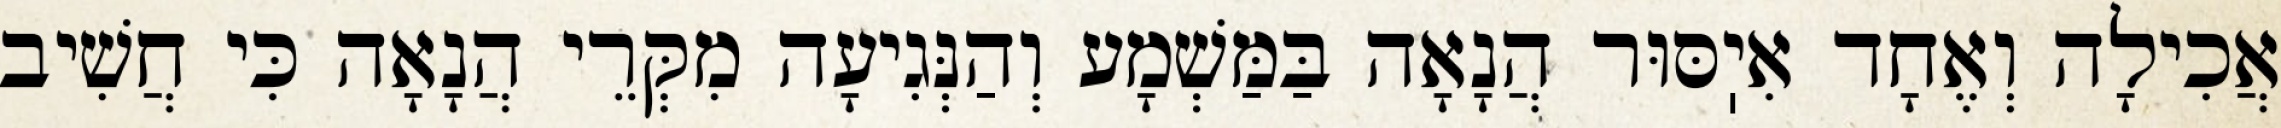
אֲכִילָה וְאֶחָד אִיֽסּוּר הֲנָאָה בַּמַּשְׁמָע וְהַנְּגִיעָה מִקְּרֵי הֲנָאָה כִּי חֲשִׁיב